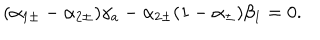
( \alpha _ { 1 \pm } - \alpha _ { 2 \pm } ) \gamma _ { a } - \alpha _ { 2 \pm } ( 1 - \alpha _ { \pm } ) \beta _ { 1 } = 0 .